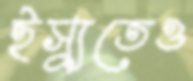
ইস্যুতেও